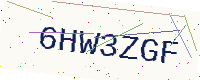
Text: 6HW3ZGF